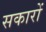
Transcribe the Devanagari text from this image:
सकारों